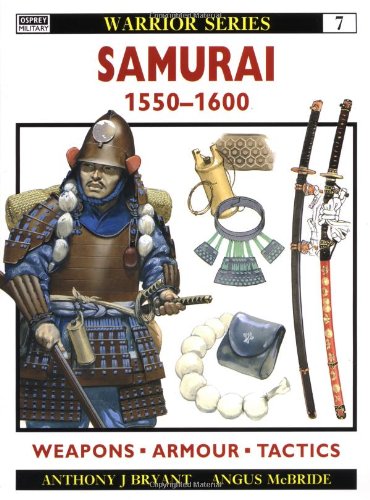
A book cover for Samurai 1550-1600 (Warrior); Anthony Bryant; History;